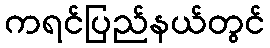
ကရင်ပြည်နယ်တွင်